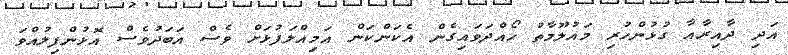
އަދި ދާއިރާއާ ގުޅުންހުރި މައުލޫމާތު ހޯއްދަވައިގެން އެކަންކަން އަމިއްލަފުޅަށް ވެސް އަބަދުވެސް އޮޅުންފިލުއްވަ